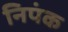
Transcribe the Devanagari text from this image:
निपंक